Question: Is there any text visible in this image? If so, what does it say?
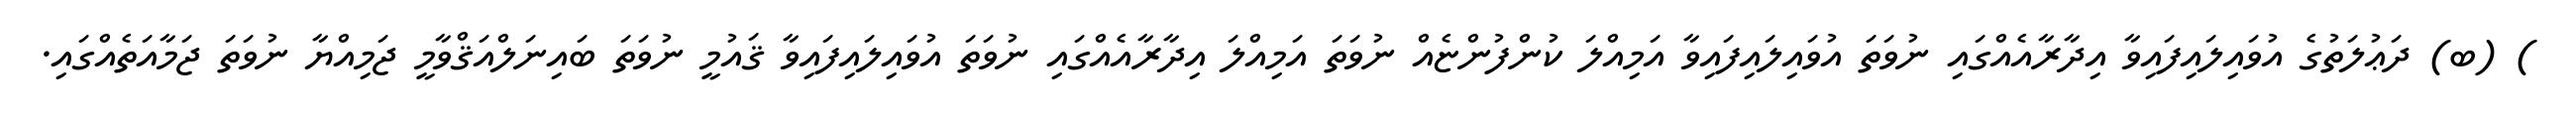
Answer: ) (ބ) ދަޢުލަތުގެ އުވައިލައިފައިވާ އިދާރާއެއްގައި ނުވަތަ އުވައިލައިފައިވާ އަމިއްލަ ކުންފުންޏެއް ނުވަތަ އަމިއްލަ އިދާރާއެއްގައި ނުވަތަ އުވައިލައިފައިވާ ޤައުމީ ނުވަތަ ބައިނަލްއަޤްވާމީ ޖަމިއްޔާ ނުވަތަ ޖަމާއަތެއްގައި.